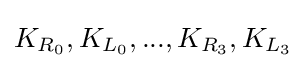
K_{R_{0}},K_{L_{0}},...,K_{R_{3}},K_{L_{3}}